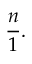
{ \frac { n } { 1 } } .